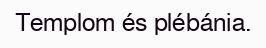
Templom és plébánia.